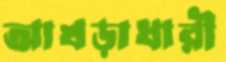
আখড়াধারী